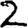
Digit: 2